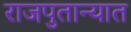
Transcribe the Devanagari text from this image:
राजपुतान्यात